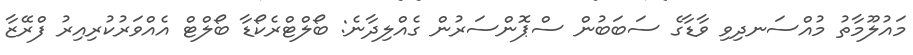
މައުލޫމާތު މުއްސަނދިވި ވާޑާގެ ސަބަބުން ސްޕޮންސަރުން ގެއްލިދާނެ: ބޯލްޓްރެކޯޑާ ބޯލްޓް އެއްވަރުކުރިއިރު ފްރޭޒާ